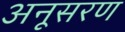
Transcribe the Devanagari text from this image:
अनूसरण